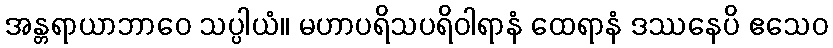
အန္တရာယာဘာဝေ သပ္ပါယံ။ မဟာပရိသပရိဝါရာနံ ထေရာနံ ဒဿနေပိ ဧသေဝ